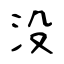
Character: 没